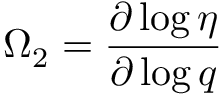
\Omega _ { 2 } = \frac { \partial \log \eta } { \partial \log q }